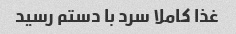
غذا کاملا سرد با دستم رسید